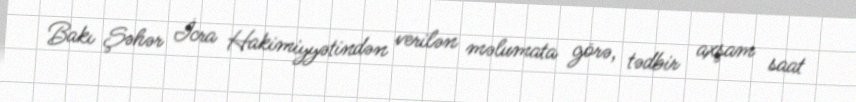
Bakı Şəhər İcra Hakimiyyətindən verilən məlumata görə, tədbir axşam saat